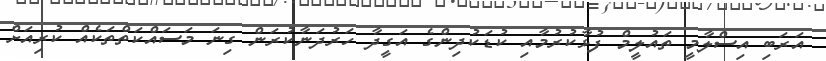
އަރަބި އިސްލާމީ ތައުލީމް ފުޅާކުރުމާއި ކުޑަކުދިންގެ އަގީދާ ހަރުދަނާކުރަން ގިނަ މަސައްކަތްތަކެއް ކުރިއަށް